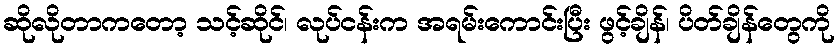
ဆိုလိုတာကတော့ သင့်ဆိုင်၊ လုပ်ငန်းက အရမ်းကောင်းပြီး ဖွင့်ချိန်၊ ပိတ်ချိန်တွေကို